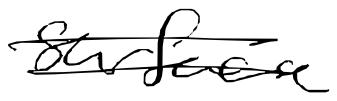
Text: surface
Cross-out: double-line
Writing tool: digital_black